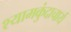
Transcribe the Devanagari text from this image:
श्यामकुंदाचार्य